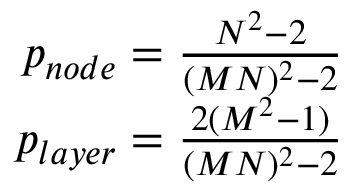
\begin{array} { r } { p _ { n o d e } = \frac { N ^ { 2 } - 2 } { ( M N ) ^ { 2 } - 2 } } \\ { p _ { l a y e r } = \frac { 2 ( M ^ { 2 } - 1 ) } { ( M N ) ^ { 2 } - 2 } } \end{array}